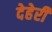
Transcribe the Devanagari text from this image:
देहेरी